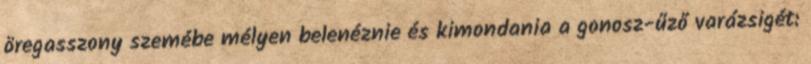
öregasszony szemébe mélyen belenéznie és kimondania a gonosz-űző varázsigét: